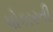
પોકારતી